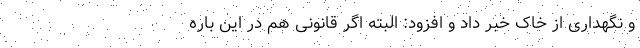
و نگهداری از خاک خبر داد و افزود: البته اگر قانونی هم در این باره